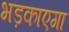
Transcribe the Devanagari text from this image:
भड़काएगा